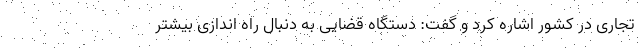
تجاری در کشور اشاره کرد و گفت: دستگاه قضایی به دنبال راه اندازی بیشتر